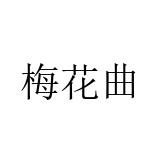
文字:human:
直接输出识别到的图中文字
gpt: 梅花曲